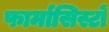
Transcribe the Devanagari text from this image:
फार्मासिस्टों